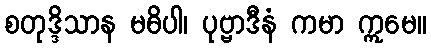
စတုဒ္ဒိသာန မဓိပါ၊ ပုဗ္ဗာဒီနံ ကမာ ဣမေ။